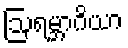
ဩရမ္ဘာဂိယာ